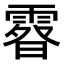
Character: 𩄉